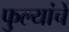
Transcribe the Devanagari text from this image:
फुल्यांचे